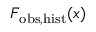
F _ { \mathrm { o b s , h i s t } } ( x )